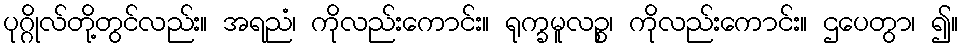
ပုဂ္ဂိုလ်တို့တွင်လည်း။ အရညံ၊ ကိုလည်းကောင်း။ ရုက္ခမူလဉ္စ၊ ကိုလည်းကောင်း။ ဌပေတွာ၊ ၍။